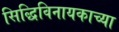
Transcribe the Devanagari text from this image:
सिद्धिविनायकाच्या